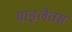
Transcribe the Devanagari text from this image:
माइलेतस